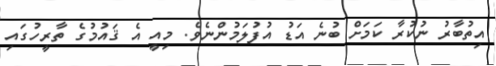
އިތުބާރު ނުކުރާ ކަމަށް ބުނެ އަޑު އުފުލަމުންނެވެ. މިއީ އެ ޤައުމުގެ ތާރީހުގައި